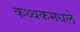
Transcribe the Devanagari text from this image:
कथ्थकमधले